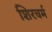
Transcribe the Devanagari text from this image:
शिरचर्म